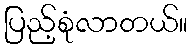
ပြည့်စုံလာတယ်။